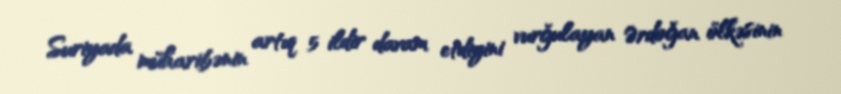
Suriyada müharibənin artıq 5 ildir davam etdiyini vurğulayan Ərdoğan ölkəsinin